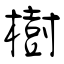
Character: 樹